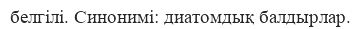
белгілі. Синонимі: диатомдық балдырлар.